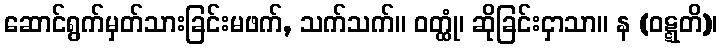
ဆောင်ရွက်မှတ်သားခြင်းမဖက်, သက်သက်။ ဝတ္ထုံ၊ ဆိုခြင်းငှာသာ။ န (ဝဋ္ဋတိ)၊